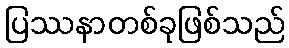
ပြဿနာတစ်ခုဖြစ်သည်